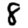
Digit: 8